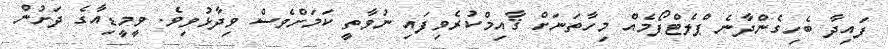
ފައިދާ ބެހިގެންދާނެ ޕްލެޓްފޯމެއް މިހާތަނަށް ޤާއިމްކުރެވިފައި ނުވާތީ ކަމަށްވެސް ވިދާޅުވިވެ. ވީމީޑިއާގެ ދަށުން